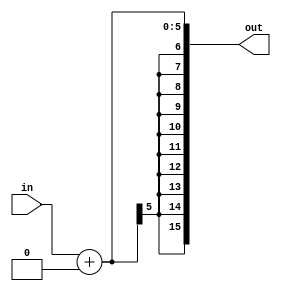
/* 5-bit to 16-bit Sign Extender */
module SignExtend5x16(
	in,
	out
);

/* Parameters */
parameter INPUT_WIDTH = 5;
parameter OUTPUT_WIDTH = 16;

/* Inputs */
input wire [INPUT_WIDTH - 1 : 0] in;

/* Outputs */
output wire [OUTPUT_WIDTH - 1 : 0] out;

/* Behavioral Combinational Design */
assign out = $signed(in) + $signed(16'b0);

endmodule